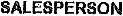
SALESPERSON